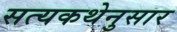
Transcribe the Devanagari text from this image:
सत्यकथेनुसार